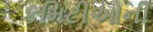
કમિટીઓની